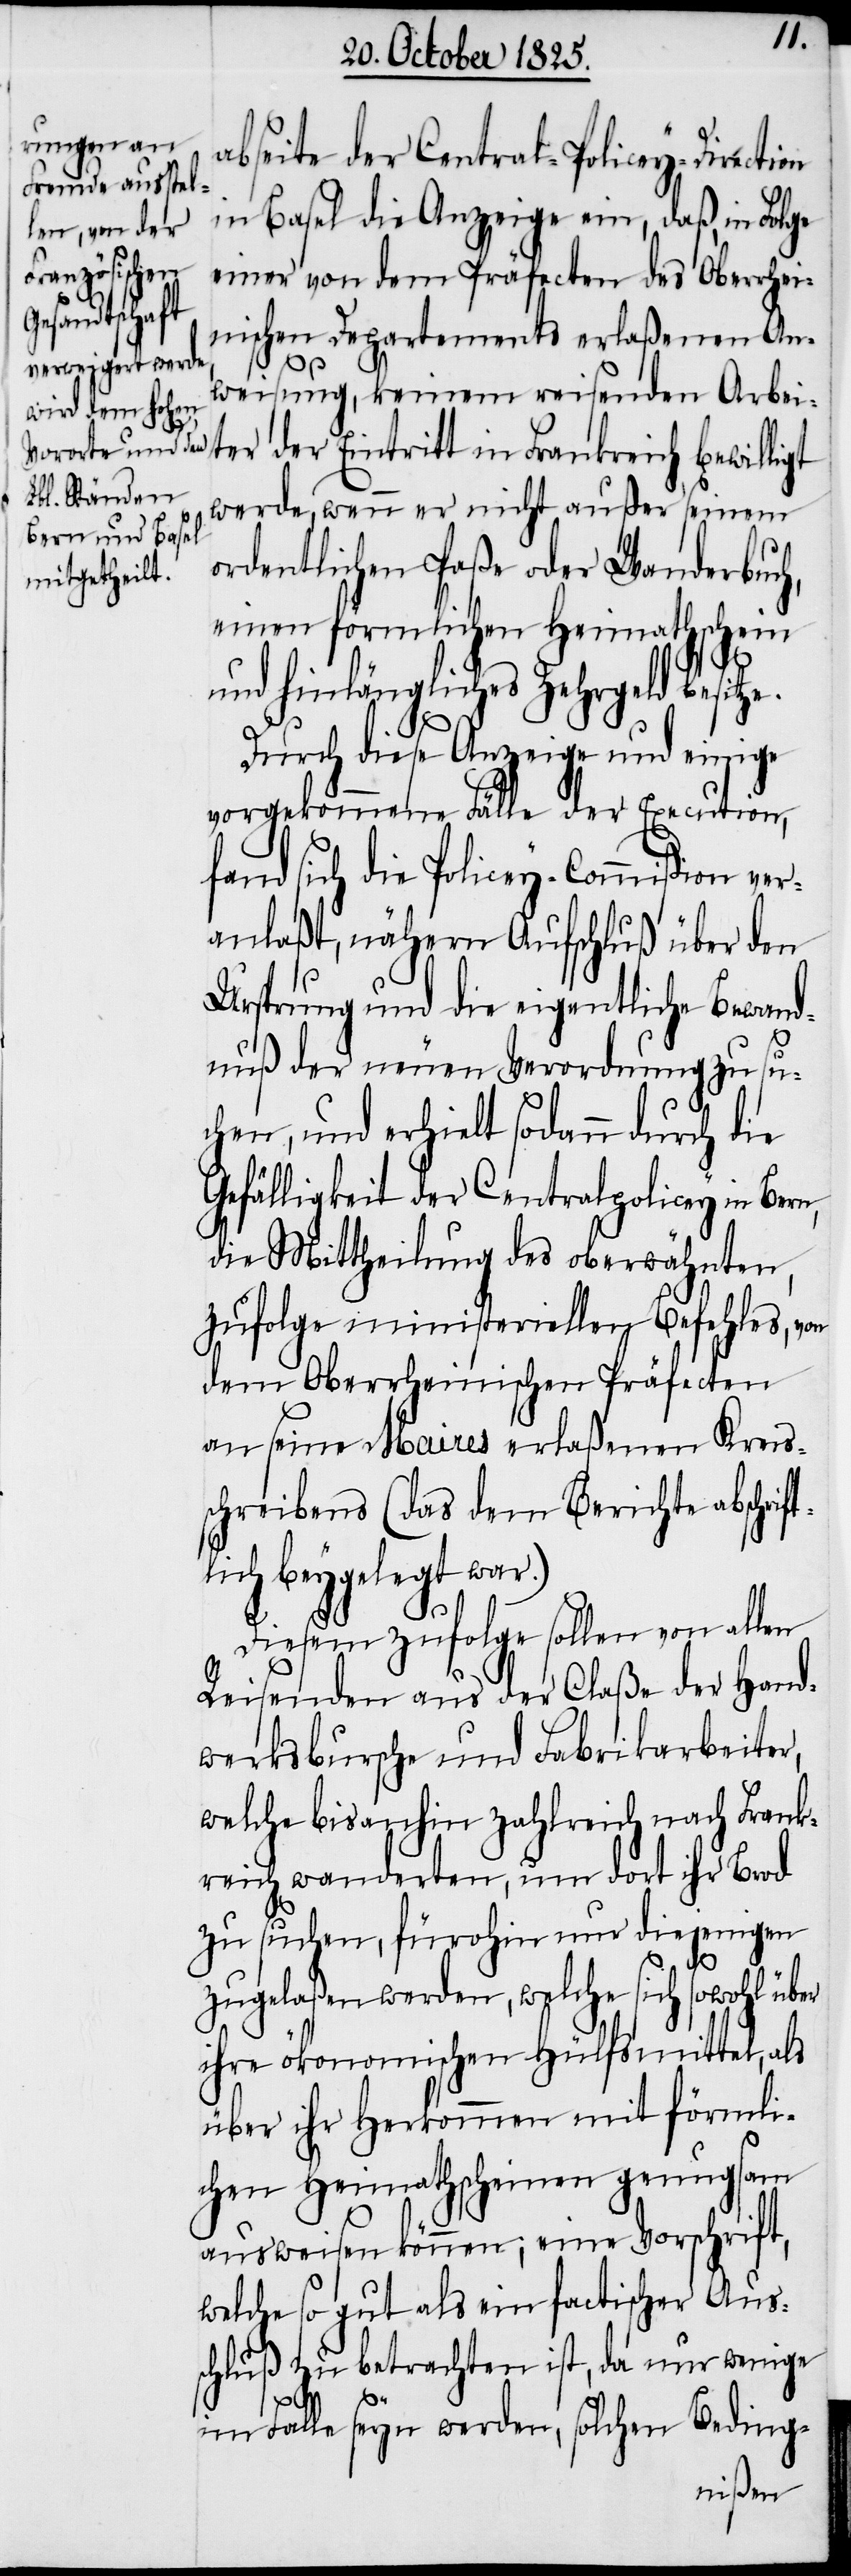
abseite der Central-Policey-Direction
in Basel die Anzeige ein, daß, in Folge
einer von dem Präfecten des Oberrhei¬
nischen Departements erlaßenen An¬
weisung, keinem reisenden Arbei¬
ter der Eintritt in Frankreich bewilligt
werde, wenn er nicht außer seinem
ordentlichen Paße oder Wanderbuch,
einen förmlichen Heimathschein
und hinlängliches Zehrgeld besit¬
Durch diese Anzeige und einige
vorgekommene Fälle der Execution,
fand sich die Policey-Commißion ver¬
anlaßt, nähern Aufschluß über den
Ursprung und die eigentliche Bewand¬
nuß der neuen Verordnung zu su¬
chen, und erhielt sodann durch die
Gefälligkeit der Centralpolicey in Bern,
die Mittheilung des oberwähnten
zufolge ministeriellen Befehles, von
dem Oberrheinischen Präfecten
an seine Maires erlaßenen Kreis¬
schreibens (das dem Berichte abschrif¬
tlich beygelegt war.)
Diesem zufolge sollen von allen
Reisenden aus der Claße der Hand¬
werksbursche und Fabrikarbeiter,
welche bis anhin zahlreich nach Frank¬
reich wanderten, um dort ihr Brod
zu suchen, fürohin nur diejenigen
zugelaßen werden, welche sich sowohl über
ihre ökonomischen Hülfsmittel, als
über ihr Herkommen mit förmli¬
chen Heimathscheinen genugsam
ausweisen können, eine Vorschrift,
welche so gut als ein factischer Aus¬
schluß zu betrachten ist, da nur wenige
ze.
im Falle seyn werden, solchen Beding-